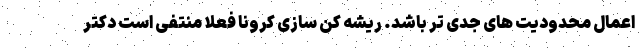
اعمال محدودیت های جدی تر باشد. ریشه کن سازی کرونا فعلا منتفی است دکتر